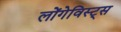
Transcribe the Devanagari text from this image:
लोंगेविस्ट्स